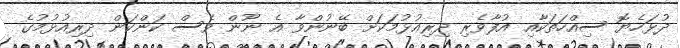
ދުޅަހެޔޮ ސިއްހަތަކާއި އުފާވެރި ދިރިއުޅުމަކަށް ބޭނުންވާ އެ ނޫން ވެސް ކަންކަން ދިރިއުޅުމުގެ